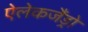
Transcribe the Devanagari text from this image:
ऐलेकजैंड्रो